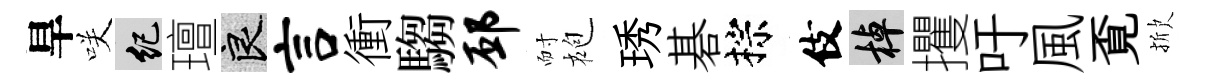
旱咲紀璮良言衝騶邳耐袍琇碁棕伎棹攫吁風覔掀